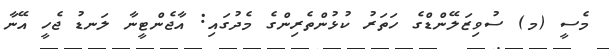
މެސީ (މ) ސުވިޒަލޭންޑްގެ ހަތަރު ކުޅުންތެރިންގެ މެދުގައި: އާޖެންޓީނާ ލަނޑު ޖެހީ އޭނާ